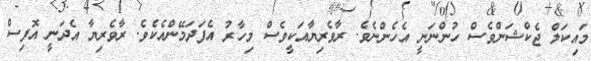
މައިކަލް ޖެކްޝަންވެސް ހުންނަނީ އެހެންނެވެ. ރާވެރިޔާއަކީވެސް މިހާރު އެފަދަމޭންއެކެވެ. ރާވެރިޔާ އެދަނީ އޮފިސް